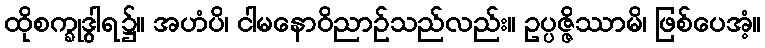
ထိုစက္ခုဒွါရ၌။ အဟံပိ၊ ငါမနောဝိညာဉ်သည်လည်း။ ဥပ္ပဇ္ဇိဿာမိ၊ ဖြစ်ပေအံ့။